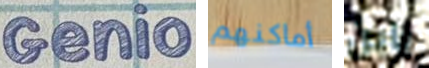
Genio أماكنهم يابن